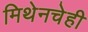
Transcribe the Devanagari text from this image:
मिथेनचेही